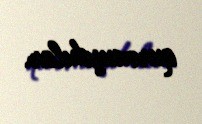
qurmuşdular.